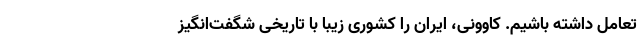
تعامل داشته باشیم. کاوونی، ایران را کشوری زیبا با تاریخی شگفت‌انگیز